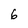
Character: 6